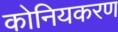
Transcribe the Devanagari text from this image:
कोनियकरण